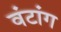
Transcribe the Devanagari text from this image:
वंटांग